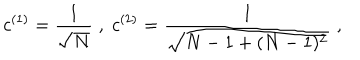
LaTeX: c ^ { ( 1 ) } = \frac { 1 } { \sqrt { N } } \; , \; c ^ { ( 2 ) } = \frac { 1 } { \sqrt { N - 1 + ( N - 1 ) ^ { 2 } } } \; ,